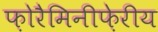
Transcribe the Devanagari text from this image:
फ़ोरैमिनीफ़ेरीय